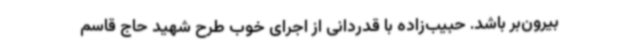
بیرون‌بر باشد. حبیب‌زاده با قدردانی از اجرای خوب طرح شهید حاج قاسم